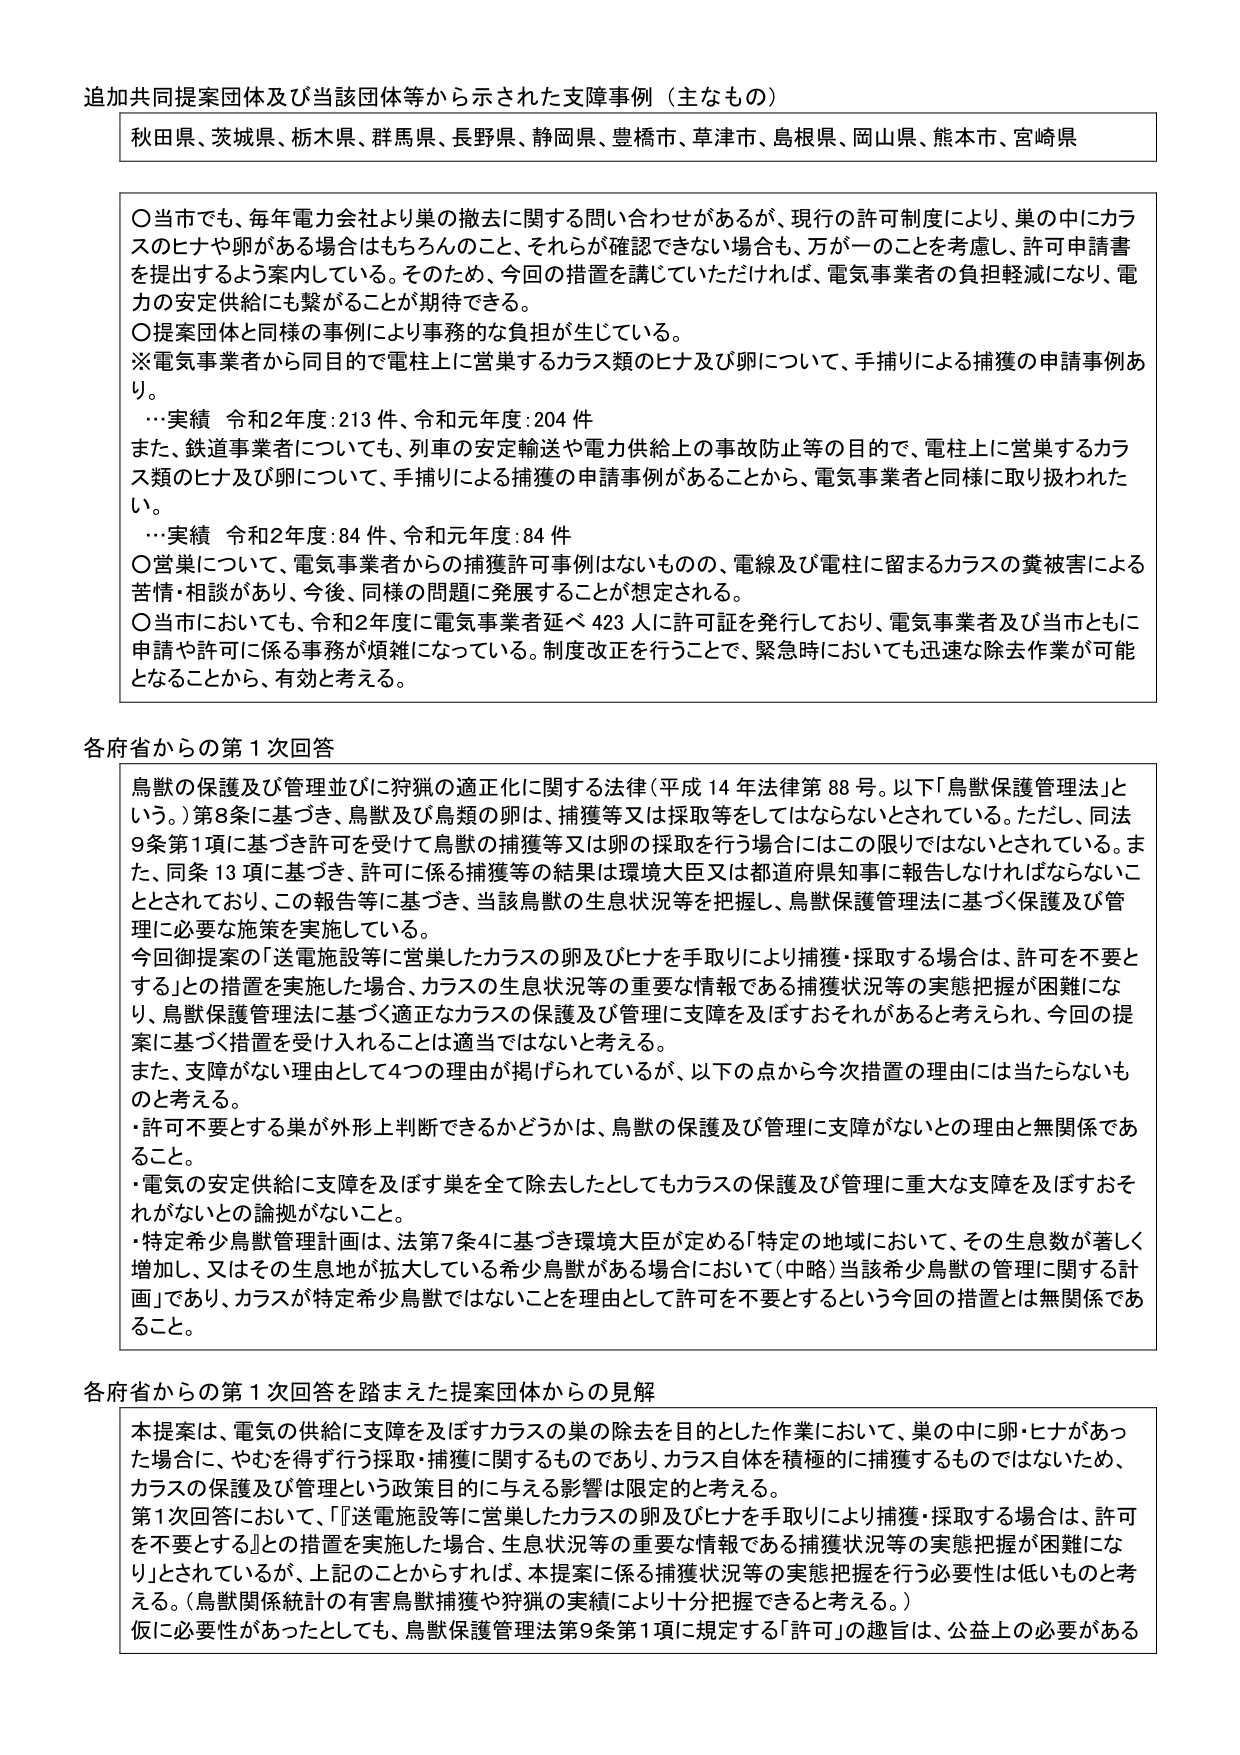
追加共同提案団体及び当該団体等から示された支障事例（主なもの）

秋田県、茨城県、栃木県、群馬県、長野県、静岡県、豊橋市、草津市、島根県、岡山県、熊本市、宮崎県

〇 当市でも、毎年電力会社より巣の撤去に関する問い合わせがあるが、現行の許可制度により、巣の中にカラスのヒナや卵がある場合はもちろんのこと、それらが確認できない場合も、万が一のことを考慮し、許可申請書を提出するよう案内している。そのため、今回の措置を講じていただければ、電気事業者の負担軽減になり、電力の安定供給にも繋がることが期待できる。

〇 提案団体と同様の事例により事務的な負担が生じている。

※ 電気事業者から同目的で電柱上に営巣するカラス類のヒナ及び卵について、手捕りによる捕獲の申請事例あり。

…実績 令和2年度：213件、令和元年度：204件

また、鉄道事業者についても、列車の安定輸送や電力供給上の事故防止等の目的で、電柱上に営巣するカラス類のヒナ及び卵について、手捕りによる捕獲の申請事例があることから、電気事業者と同様に取り扱われたい。

…実績 令和2年度：84件、令和元年度：84件

〇 営巣について、電気事業者からの捕獲許可事例はないものの、電線及び電柱に留まるカラスの糞被害による苦情・相談があり、今後、同様の問題に発展することが想定される。

〇 当市においても、令和2年度に電気事業者延べ423人に許可証を発行しており、電気事業者及び当市ともに申請や許可に係る事務が煩雑になっている。制度改正を行うことで、緊急時においても迅速な除去作業が可能となることから、有効と考える。

各府省からの第1次回答

鳥獣の保護及び管理並びに狩猟の適正化に関する法律（平成14年法律第88号。以下「鳥獣保護管理法」という。）第8条に基づき、鳥獣及び鳥類の卵は、捕獲等又は採取等をしてはならないとされている。ただし、同法第9条第1項に基づき許可を受けて鳥獣の捕獲等又は卵の採取を行う場合にはこの限りではないとされている。また、同条第13項に基づき、許可に係る捕獲等の結果は環境大臣又は都道府県知事に報告しなければならないこととされており、この報告等に基づき、当該鳥獣の生息状況等を把握し、鳥獣保護管理法に基づく保護及び管理に必要な施策を実施している。

今回御提案の「送電施設等に営巣したカラスの卵及びヒナを手取りにより捕獲・採取する場合は、許可を不要とする」との措置を実施した場合、カラスの生息状況等の重要な情報である捕獲状況等の実態把握が困難になり、鳥獣保護管理法に基づく適正なカラスの保護及び管理に支障を及ぼすおそれがあると考えられ、今回の提案に基づく措置を受け入れることは適当ではないと考える。

また、支障がない理由として4つの理由が挙げられているが、以下の点から今次措置の理由には当たらないものと考える。

・許可不要とする巣が外形上判断できるかどうかは、鳥獣の保護及び管理に支障がないとの理由と無関係であること。

・電気の安定供給に支障を及ぼす巣を全て除去したとしてもカラスの保護及び管理に重大な支障を及ぼすおそれがないとの論拠がないこと。

・特定希少鳥獣管理計画は、法第7条4に基づき環境大臣が定める「特定の地域において、その生息数が著しく増加し、又はその生息地が拡大している希少鳥獣がある場合において（中略）当該希少鳥獣の管理に関する計画」であり、カラスが特定希少鳥獣ではないことを理由として許可を不要とするという今回の措置とは無関係であること。

各府省からの第1次回答を踏まえた提案団体からの見解

本提案は、電気の供給に支障を及ぼすカラスの巣の除去を目的とした作業において、巣の中に卵・ヒナがあった場合に、やむを得ず行う採取・捕獲に関するものであり、カラス自体を積極的に捕獲するものではないため、カラスの保護及び管理という政策目的に与える影響は限定的と考える。

第1次回答において、「『送電施設等に営巣したカラスの卵及びヒナを手取りにより捕獲・採取する場合は、許可を不要とする』との措置を実施した場合、生息状況等の重要な情報である捕獲状況等の実態把握が困難になり」とされているが、上記のことからすれば、本提案に係る捕獲状況等の実態把握を行う必要性は低いものと考える。（鳥獣関係統計の有害鳥獣捕獲や狩猟の実績により十分把握できると考える。）

仮に必要性があったとしても、鳥獣保護管理法第9条第1項に規定する「許可」の趣旨は、公益上の必要がある